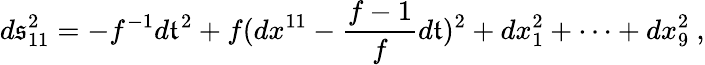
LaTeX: d\mathfrak{s}_{11}^{2}=-f^{-1}d\mathfrak{t}^{2}+f(dx^{11}-\frac{{f-1}}{{f}}d\mathfrak{t})^{2}+dx_{1}^{2}+\cdots+dx_{9}^{2}~,